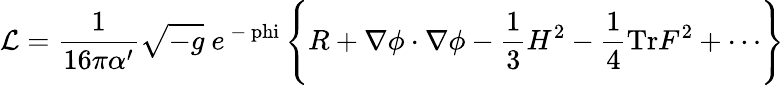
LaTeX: {\cal L}=\frac{1}{16\pi\alpha^{\prime}}\sqrt{-g}\ e^{\mathrm{~-\ phi~}}\Biggl\{ R+\nabla\phi\cdot\nabla\phi-{\frac{1}{3}}H^{2}-\frac{1}{4}\mathrm{Tr}F^{2}+\cdots\Biggr\}